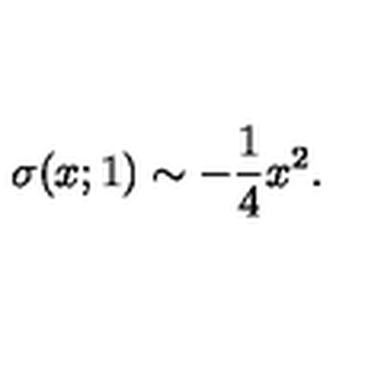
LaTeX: \sigma ( x ; 1 ) \sim - { \frac { 1 } { 4 } } x ^ { 2 } .